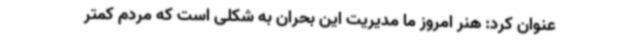
عنوان کرد: هنر امروز ما مدیریت این بحران به شکلی است که مردم کمتر